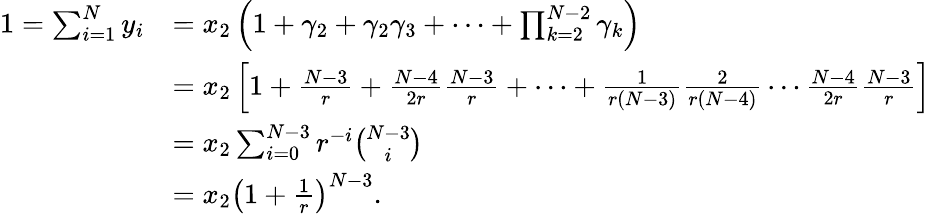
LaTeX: \begin{array}{rl}{1=\sum_{i=1}^{N}y_{i}}&{=x_{2}\left(1+\gamma_{2}+\gamma_{2}\gamma_{3}+\cdots+\prod_{k=2}^{N-2}\gamma_{k}\right)}\\ &{=x_{2}\left[1+\frac{N-3}{r}+\frac{N-4}{2r}\frac{N-3}{r}+\cdots+\frac{1}{r(N-3)}\frac{2}{r(N-4)}\cdots\frac{N-4}{2r}\frac{N-3}{r}\right]}\\ &{=x_{2}\sum_{i=0}^{N-3}r^{-i}\binom{N-3}{i}}\\ &{=x_{2}\left(1+\frac{1}{r}\right)^{N-3}.}\end{array}